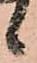
候